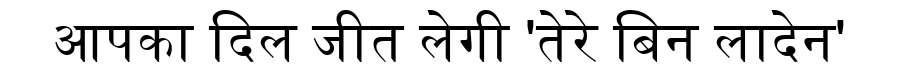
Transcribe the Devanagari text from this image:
आपका दिल जीत लेगी 'तेरे बिन लादेन'